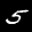
Label: 5